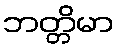
ဘတ္တိမာ